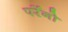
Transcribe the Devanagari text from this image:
पर्रेनो